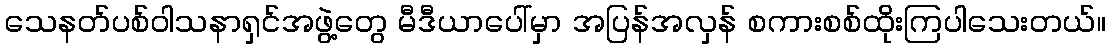
သေနတ်ပစ်ဝါသနာရှင်အဖွဲ့တွေ မီဒီယာပေါ်မှာ အပြန်အလှန် စကားစစ်ထိုးကြပါသေးတယ်။